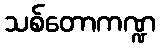
သစ်တောကဏ္ဍ